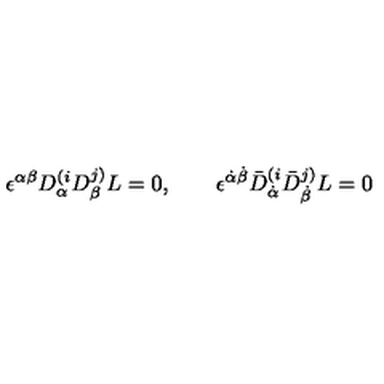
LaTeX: \epsilon ^ { \alpha \beta } D _ { \alpha } ^ { ( i } D _ { \beta } ^ { j ) } L = 0 , \qquad \epsilon ^ { \dot { \alpha } \dot { \beta } } \bar { D } _ { \dot { \alpha } } ^ { ( i } \bar { D } _ { \dot { \beta } } ^ { j ) } L = 0